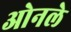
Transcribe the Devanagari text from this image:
ओनले